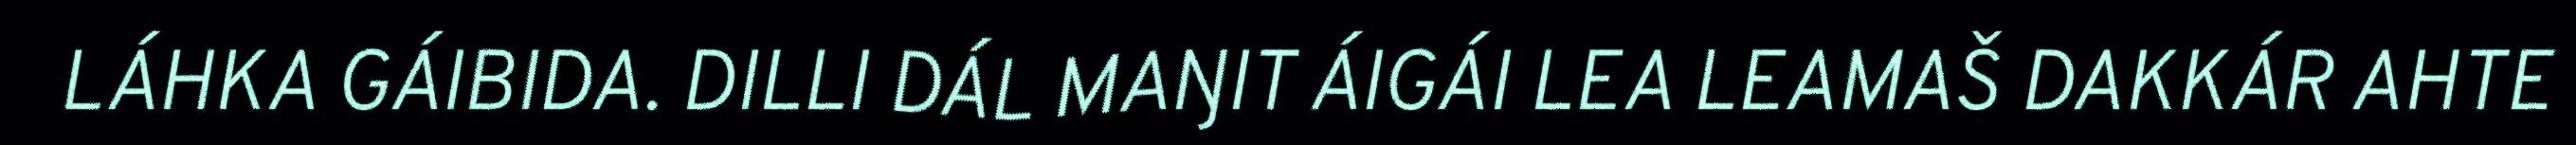
LÁHKA GÁIBIDA. DILLI DÁL MAŊIT ÁIGÁI LEA LEAMAŠ DAKKÁR AHTE